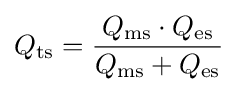
Q_{\rm {ts}}={\frac {Q_{\rm {ms}}\cdot Q_{\rm {es}}}{Q_{\rm {ms}}+Q_{\rm {es}}}}